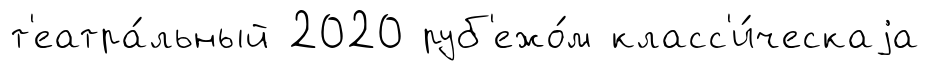
т'еатра́льный 2020 руб'ежо́м класс'и́ческаjа